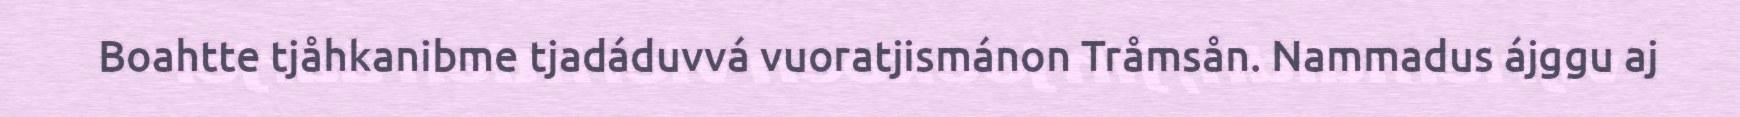
Boahtte tjåhkanibme tjadáduvvá vuoratjismánon Tråmsån. Nammadus ájggu aj